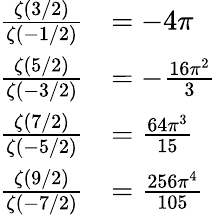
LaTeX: {\begin{array}{rl}{{\frac{\zeta(3/2)}{\zeta(-1/2)}}}&{=-4\pi}\\ {{\frac{\zeta(5/2)}{\zeta(-3/2)}}}&{=-{\frac{16\pi^{2}}{3}}}\\ {{\frac{\zeta(7/2)}{\zeta(-5/2)}}}&{={\frac{64\pi^{3}}{15}}}\\ {{\frac{\zeta(9/2)}{\zeta(-7/2)}}}&{={\frac{256\pi^{4}}{105}}}\end{array}}